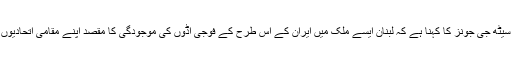
سی ایس آئی ایس کے ایک سینیر مشیر سیٹھ جی جونز کا کہنا ہے کہ لبنان ایسے ملک میں ایران کے اس طرح کے فوجی اڈوں کی موجودگی کا مقصد اپنے مقامی اتحادیوں کی صلاحیت کار میں اضافہ کرنا ہے۔